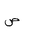
Letter: _sad